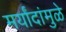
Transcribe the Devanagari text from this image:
मर्यांदांमुळे